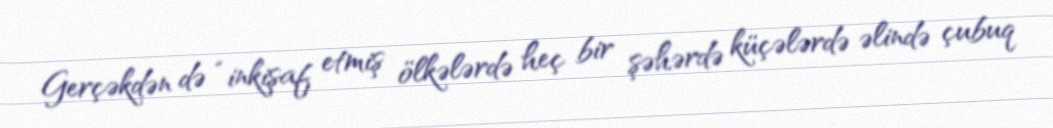
Gerçəkdən də “inkişaf etmiş ölkələrdə heç bir şəhərdə küçələrdə əlində çubuq